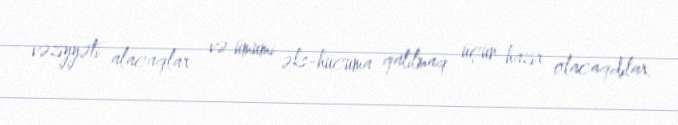
vəziyyəti alacaqlar və ümumi əks-hücuma qatılmaq üçün hazır olacaqdılar.